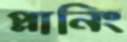
প্লানিং